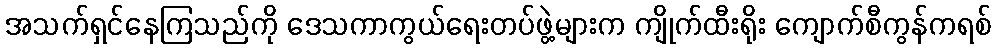
အသက်ရှင်နေကြသည်ကို ဒေသကာကွယ်ရေးတပ်ဖွဲ့များက ကျိုက်ထီးရိုး ကျောက်စီကွန်ကရစ်